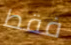
فقط